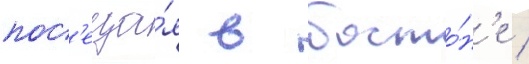
пос'еща́я в босто́н'е /